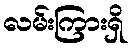
လမ်းကြားရှိ